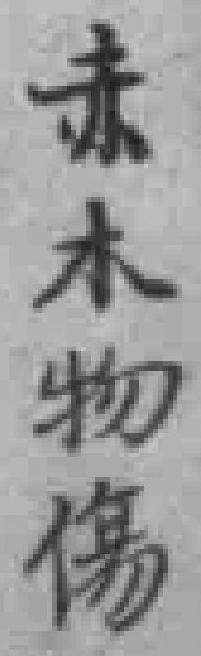
赤木物傷